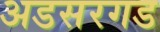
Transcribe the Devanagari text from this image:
अडसरगड